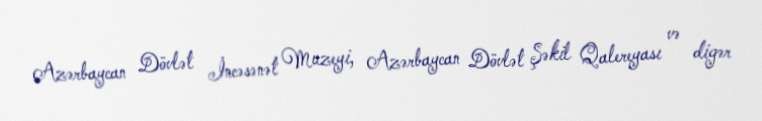
Azərbaycan Dövlət İncəsənət Muzeyi, Azərbaycan Dövlət Şəkil Qalereyası və digər